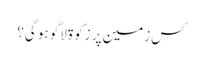
کس زمین‌ پر زکوۃ لاگو ہو گی؟